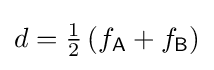
d={\tfrac {1}{2}}\left(f_{\mathsf {A}}+f_{\mathsf {B}}\right)